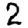
Digit: 2